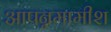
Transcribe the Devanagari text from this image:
आपन्नमामीश